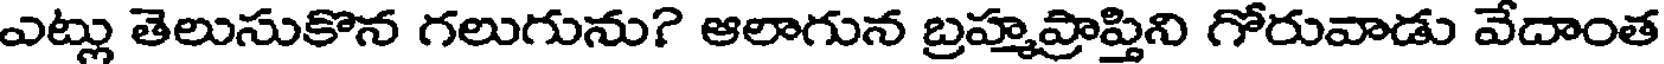
ఎట్లు తెలుసుకొన గలుగును? ఆలాగున బ్రహ్మప్రాప్తిని గోరువాడు వేదాంత